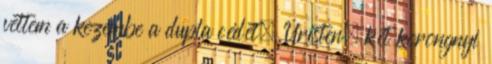
vettem a kezembe a dupla cédét. Úristen, két korongnyi